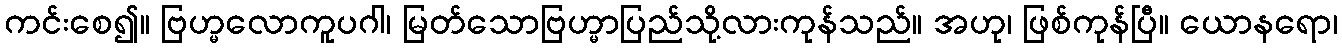
ကင်းစေ၍။ ဗြဟ္မလောကူပဂါ၊ မြတ်သောဗြဟ္မာပြည်သို့လားကုန်သည်။ အဟု၊ ဖြစ်ကုန်ပြီ။ ယောနရော၊